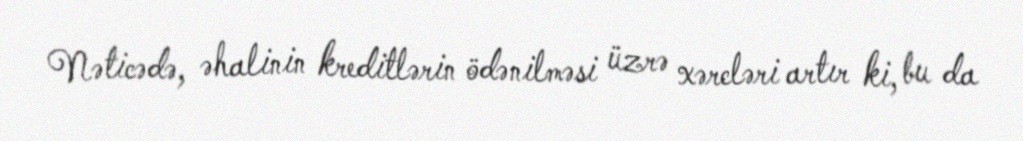
Nəticədə, əhalinin kreditlərin ödənilməsi üzrə xərcləri artır ki, bu da